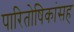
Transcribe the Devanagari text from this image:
पारितोषिकांसह